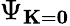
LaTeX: \Psi_{{\mathbf K}={\mathbf 0}}